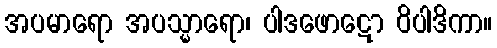
အပမာရော အပသ္မာရော၊ ပါဒဖောဋော ဝိပါဒိကာ။